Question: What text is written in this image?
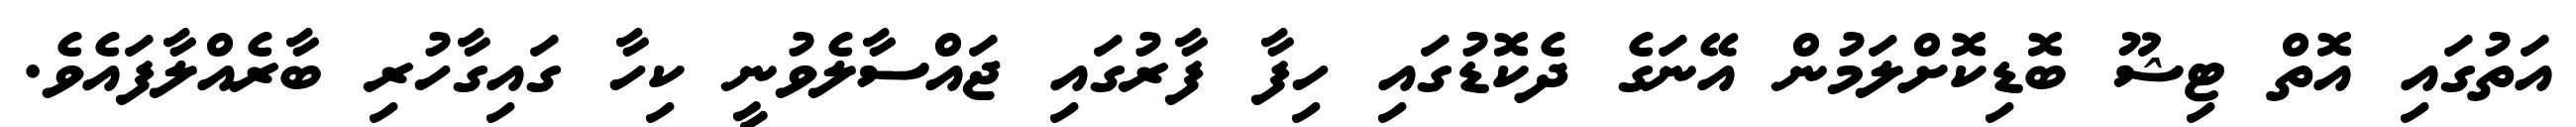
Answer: އަތުގައި އޮތް ޓިޝޫ ބޮޑިކޮށްލަމުން އޭނަގެ ދެކޮޑުގައި ހިފާ ފާރުގައި ޖައްސާލެވުނީ ކިހާ ގައިގާހުރި ބާރެއްލާފައެވެ.